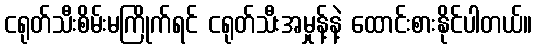
ငရုတ်သီးစိမ်းမကြိုက်ရင် ငရုတ်သီးအမှုန့်နဲ့ ထောင်းစားနိုင်ပါတယ်။